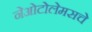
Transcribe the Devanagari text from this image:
नेओटोलेमसचे